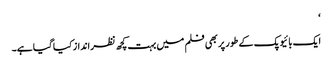
‘
ایک بائیوپک کے طور پر بھی فلم میں بہت کچھ نظرانداز کیا گیا ہے۔